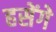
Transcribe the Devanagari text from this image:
हसेंगे